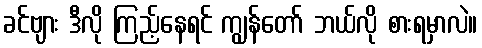
ခင်ဗျား ဒီလို ကြည့်နေရင် ကျွန်တော် ဘယ်လို စားရမှာလဲ။